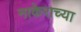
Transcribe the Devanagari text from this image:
नाकेराच्या